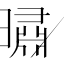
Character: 㬘